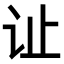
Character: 𫟞